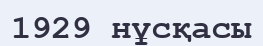
1929 нұсқасы